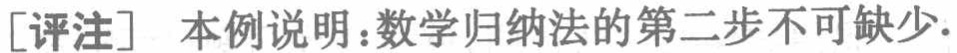
[评注] 本例说明：数学归纳法的第二步不可缺少.